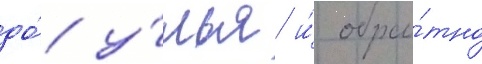
до́ у́лья и́ обра́тно